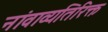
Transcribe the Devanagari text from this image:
नांवाव्यतिरिक्त